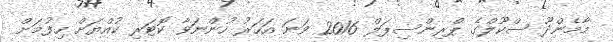
މާމެންދޫ ސްކޫލްގެ ޕްރިންސިޕަލް 2016 ވަނަ އަހަރު ހުންނަވާ ކޮޓަރި ކުއްޔަށް ހިފުމަށް